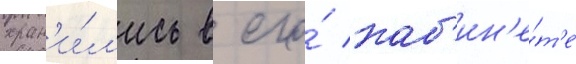
хран'и́л'ись в его́ каб'ин'е́т'е